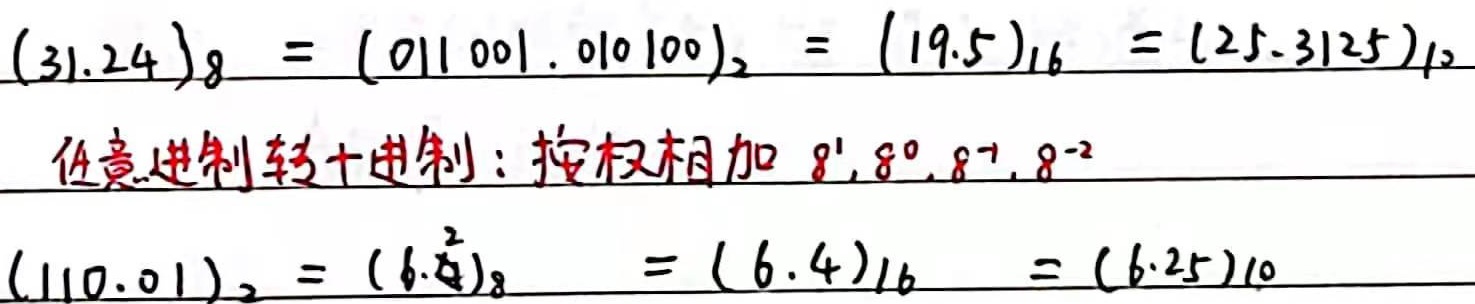
\((31.24)_8 = (011\ 001.010\ 100)_2 = (19.5)_{16} = (25.3125)_{10}\)。任意进制转十进制：按权相加 \(8^1,8^0,8^{-1},8^{-2}\)。\((110.01)_2 = (6.4)_8 = (6.4)_{16} = (6.25)_{10}\)